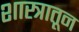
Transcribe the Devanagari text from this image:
शास्त्रातून